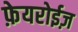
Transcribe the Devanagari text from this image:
फ़ेयरोईज़